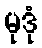
မုဒုံ